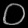
Digit: ၀